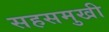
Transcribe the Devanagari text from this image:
सहसमुखी